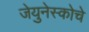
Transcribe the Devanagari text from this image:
जेयुनेस्कोचे